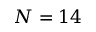
N = 1 4